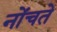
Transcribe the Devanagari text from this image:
नोंचते